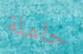
حاملة